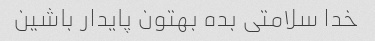
خدا سلامتی بده بهتون پایدار باشین